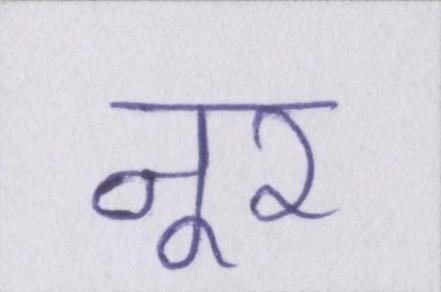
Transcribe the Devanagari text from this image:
नूर